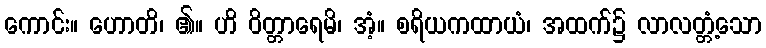
ကောင်း။ ဟောတိ၊ ၏။ ဟိ ဝိတ္တာရေမိ၊ အံ့။ စရိယကထာယံ၊ အထက်၌ လာလတ္တံ့သော